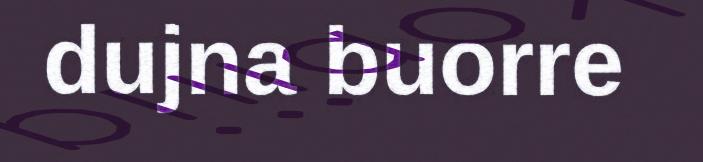
dujna buorre